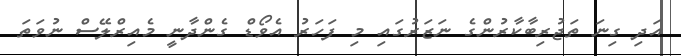
އަދި ގިނަ ތަޖުރިބާކާރުންގެ ނަޒަރުގައި މި ފަހަރު އެވޯޑް ގެންދާނީ މެއިރްލޭސް ނުވަތަ